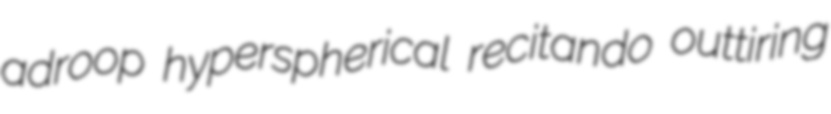
adroop hyperspherical recitando outtiring